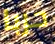
حربا